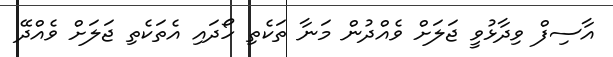
އާސިފް ވިދާޅުވީ ޖަލަށް ވެއްދުން މަނާ ތަކެތި ހޯދައި އެތަކެތި ޖަލަށް ވެއްދޭ